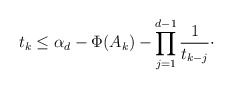
\begin{align*}t_k \leq \alpha_d - \Phi(A_k) - \prod_{j = 1}^{d - 1}\frac{1}{t_{k - j}}\cdot\end{align*}